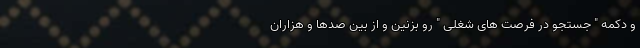
و دکمه " جستجو در فرصت های شغلی " رو بزنین و از بین صدها و هزاران